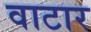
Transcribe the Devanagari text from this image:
वाटार